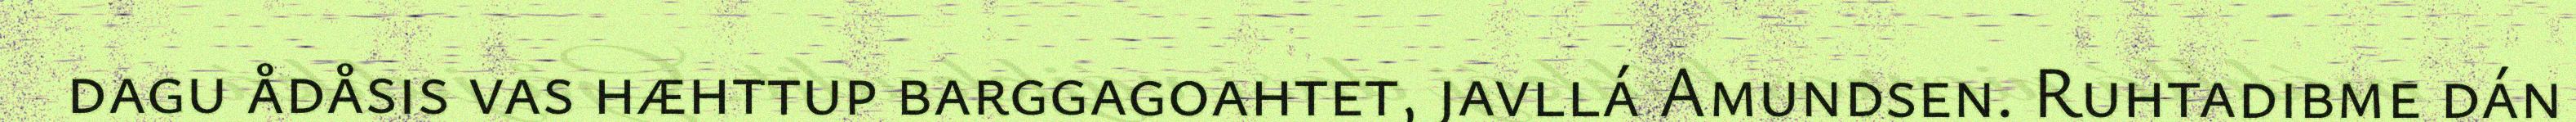
dagu ådåsis vas hæhttup barggagoahtet, javllá Amundsen. Ruhtadibme dán